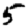
Digit: 5